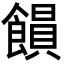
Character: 𩞗